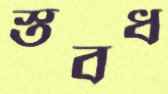
স্তবধ